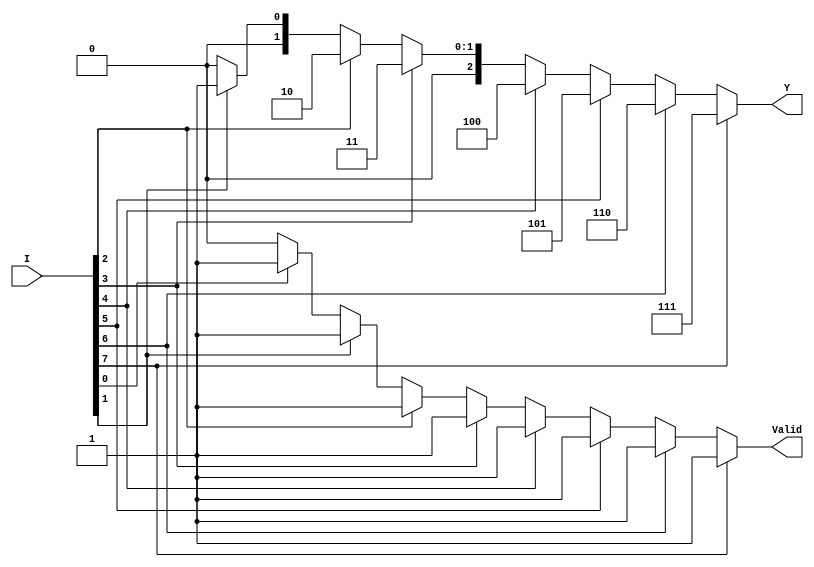
module encoder_8to3 (
    input wire [7:0] I,      // 8 input lines (I0 to I7)
    output reg [2:0] Y,      // 3-bit output representing the binary value of the active input line
    output reg Valid          // Valid signal indicating if at least one input is active
);

    always @(*) begin
        // Default values
        Y = 3'b000;            // Default output
        Valid = 1'b0;         // Default Valid signal

        // Priority encoding logic
        if (I[7]) begin
            Y = 3'b111;
            Valid = 1'b1;
        end else if (I[6]) begin
            Y = 3'b110;
            Valid = 1'b1;
        end else if (I[5]) begin
            Y = 3'b101;
            Valid = 1'b1;
        end else if (I[4]) begin
            Y = 3'b100;
            Valid = 1'b1;
        end else if (I[3]) begin
            Y = 3'b011;
            Valid = 1'b1;
        end else if (I[2]) begin
            Y = 3'b010;
            Valid = 1'b1;
        end else if (I[1]) begin
            Y = 3'b001;
            Valid = 1'b1;
        end else if (I[0]) begin
            Y = 3'b000;
            Valid = 1'b1;
        end
    end

endmodule